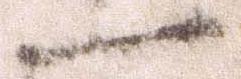
一